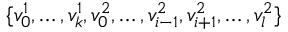
\{ v _ { 0 } ^ { 1 } , \ldots , v _ { k } ^ { 1 } , v _ { 0 } ^ { 2 } , \ldots , v _ { i - 1 } ^ { 2 } , v _ { i + 1 } ^ { 2 } , \ldots , v _ { l } ^ { 2 } \}